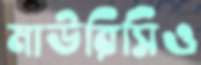
মাউরিসিও